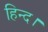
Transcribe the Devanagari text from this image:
हिन्द।